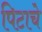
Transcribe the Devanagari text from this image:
पिटाचे